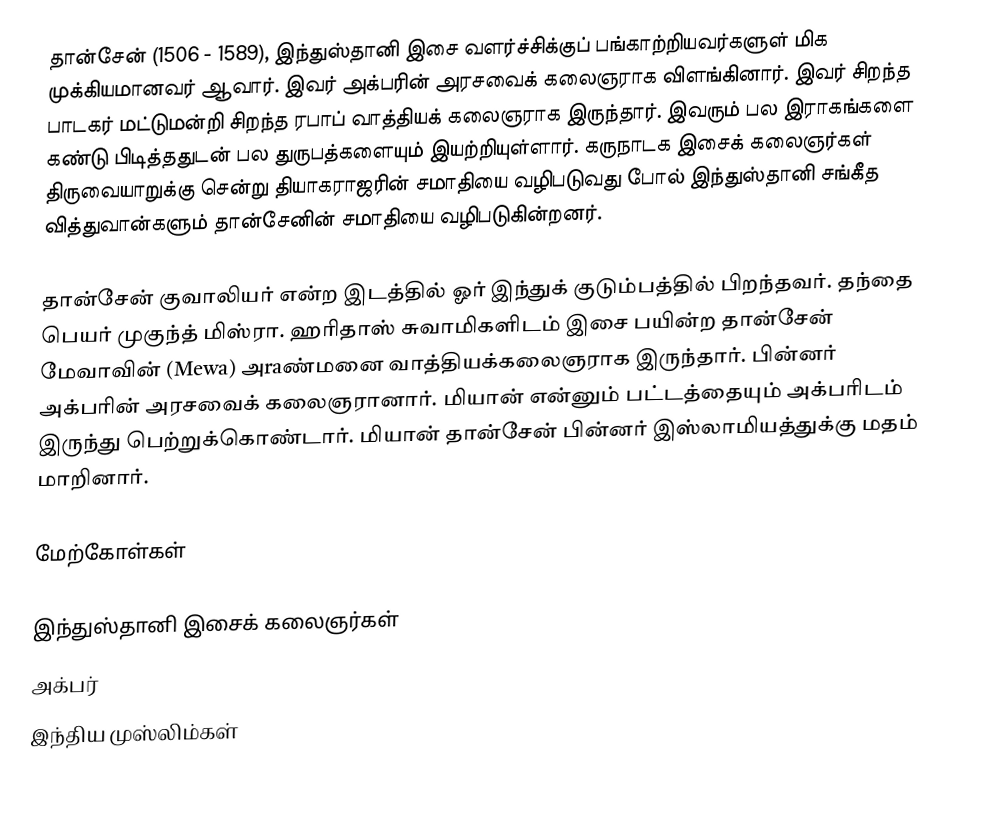
தான்சேன் (1506 - 1589), இந்துஸ்தானி இசை வளர்ச்சிக்குப் பங்காற்றியவர்களுள் மிக முக்கியமானவர் ஆவார். இவர் அக்பரின் அரசவைக் கலைஞராக விளங்கினார். இவர் சிறந்த பாடகர் மட்டுமன்றி சிறந்த ரபாப் வாத்தியக் கலைஞராக இருந்தார். இவரும் பல இராகங்களை கண்டு பிடித்ததுடன் பல துருபத்களையும் இயற்றியுள்ளார். கருநாடக இசைக் கலைஞர்கள் திருவையாறுக்கு சென்று தியாகராஜரின் சமாதியை வழிபடுவது போல் இந்துஸ்தானி சங்கீத வித்துவான்களும் தான்சேனின் சமாதியை வழிபடுகின்றனர்.

தான்சேன் குவாலியர் என்ற இடத்தில் ஓர் இந்துக் குடும்பத்தில் பிறந்தவர். தந்தை பெயர் முகுந்த் மிஸ்ரா. ஹரிதாஸ் சுவாமிகளிடம் இசை பயின்ற தான்சேன் மேவாவின் (Mewa) அraண்மனை வாத்தியக்கலைஞராக இருந்தார். பின்னர் அக்பரின் அரசவைக் கலைஞரானார். மியான் என்னும் பட்டத்தையும் அக்பரிடம் இருந்து பெற்றுக்கொண்டார். மியான் தான்சேன் பின்னர் இஸ்லாமியத்துக்கு மதம் மாறினார்.

மேற்கோள்கள்

இந்துஸ்தானி இசைக் கலைஞர்கள்
அக்பர்
இந்திய முஸ்லிம்கள்